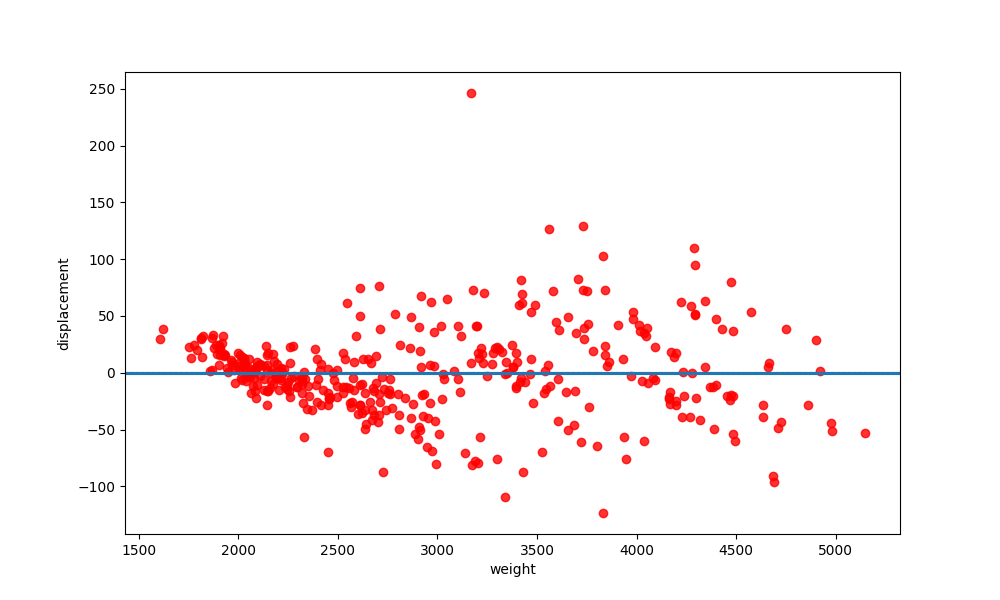
python, seaborn, residplot, lowess=True, scatter_color=red